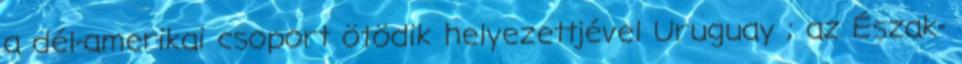
a dél-amerikai csoport ötödik helyezettjével Uruguay ; az Észak-